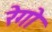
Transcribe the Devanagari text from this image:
रेगो